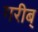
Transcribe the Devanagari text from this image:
गरीब्